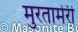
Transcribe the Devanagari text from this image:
मुरतामेरी